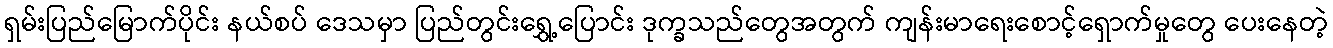
ရှမ်းပြည်မြောက်ပိုင်း နယ်စပ် ဒေသမှာ ပြည်တွင်းရွှေ့ပြောင်း ဒုက္ခသည်တွေအတွက် ကျန်းမာရေးစောင့်ရှောက်မှုတွေ ပေးနေတဲ့